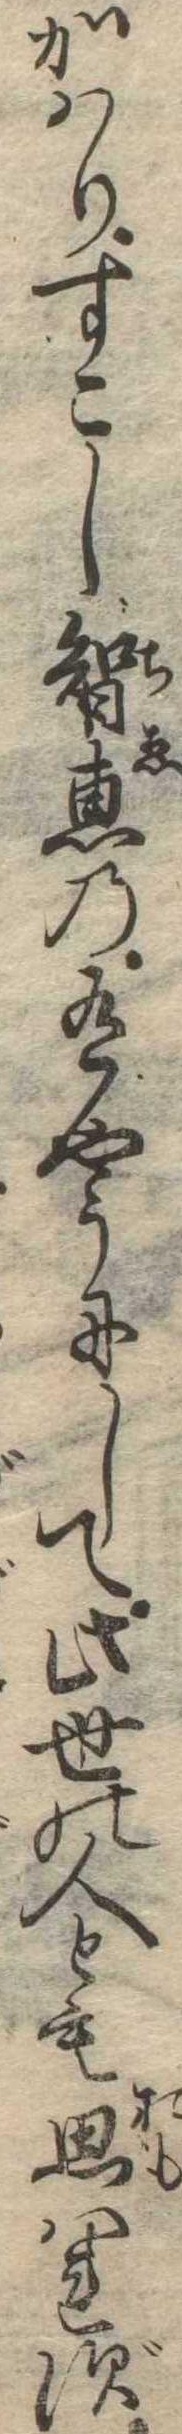
かはりすこし智恵の有やうにして此世の人とも思はれず